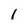
Character: 1